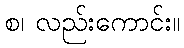
စ၊ လည်းကောင်း။